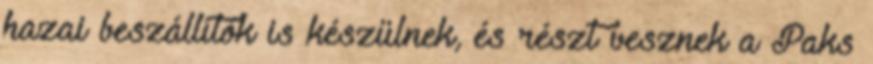
hazai beszállítók is készülnek, és részt vesznek a Paks